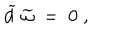
\widetilde { d } \; \widetilde { \omega } \; = \; 0 \; ,